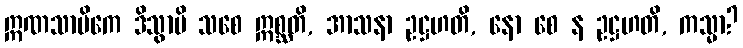
ဣဏသာမိကေ ဒိသွာပိ သစေ ဣစ္ဆတိ, အာသနာ ဥဋ္ဌဟတိ, နော စေ န ဥဋ္ဌဟတိ, ကသ္မာ?